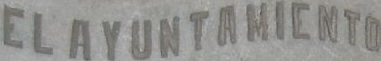
ELAYUNTAMICNTO